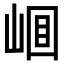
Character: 𡹎